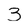
Character: 3